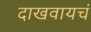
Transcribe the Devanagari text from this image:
दाखवायचं